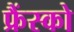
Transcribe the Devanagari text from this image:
फ्रैंस्को